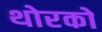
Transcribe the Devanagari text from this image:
थोरको